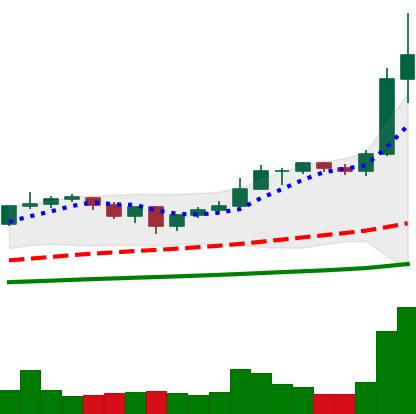
Ticker: ETH-USD
Chart end date: 2021-01-04
Forward return: 23.153%
Label: up_7plus